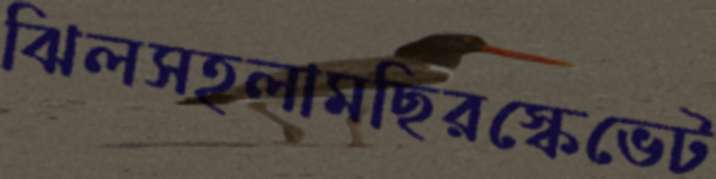
ঝিলসহলামছিরস্কেভেট